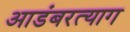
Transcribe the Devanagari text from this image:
आडंबरत्याग